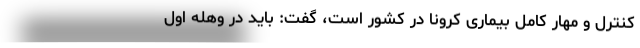
کنترل و مهار کامل بیماری کرونا در کشور است، گفت: باید در وهله اول